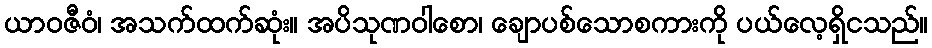
ယာဝဇီဝံ၊ အသက်ထက်ဆုံး။ အပိသုဏဝါစော၊ ချောပစ်သောစကားကို ပယ်လေ့ရှိငသည်။